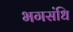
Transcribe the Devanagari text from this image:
भगसंधि